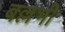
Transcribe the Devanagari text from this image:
बल्लभी